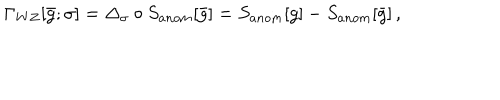
\Gamma _ { W Z } [ \bar { g } ; \sigma ] = \Delta _ { \sigma } \circ S _ { a n o m } [ \bar { g } ] = S _ { a n o m } [ g ] - S _ { a n o m } [ \bar { g } ] \, ,